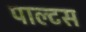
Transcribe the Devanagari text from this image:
पाल्टस